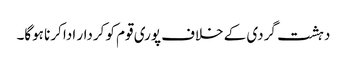
دہشت گردی کے خلاف پوری قوم کو کردار ادا کرنا ہوگا۔